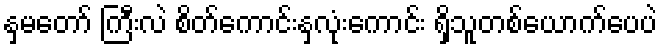
နှမတော် ကြီးလဲ စိတ်ကောင်းနှလုံးကောင်း ရှိသူတစ်ယောက်ပေပဲ